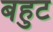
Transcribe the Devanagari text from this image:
बहुट